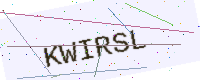
Text: KWIRSL